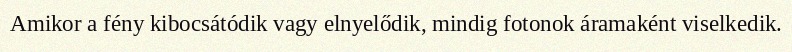
Amikor a fény kibocsátódik vagy elnyelődik, mindig fotonok áramaként viselkedik.